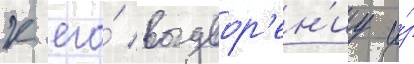
к его́ выдвор'ен'иу и́з